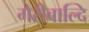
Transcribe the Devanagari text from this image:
गैरीबाल्दि